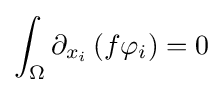
\int _{\Omega }\partial _{x_{i}}\left(f\mathbf {\varphi } _{i}\right)=0